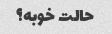
حالت خوبه؟